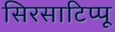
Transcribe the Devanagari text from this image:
सिरसाटिप्पू